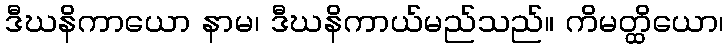
ဒီဃနိကာယော နာမ၊ ဒီဃနိကာယ်မည်သည်။ ကိမတ္ထိယော၊